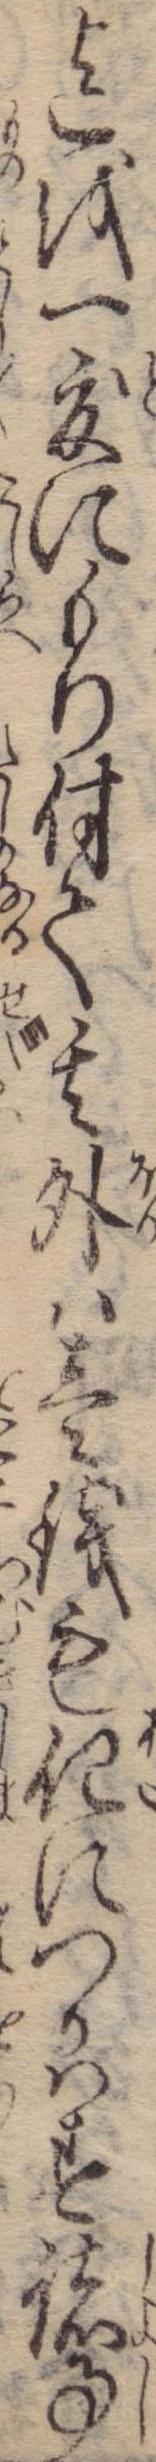
迄を一度にもり付て其外は壱銭も化につかはす諸事